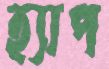
হ্যাপ